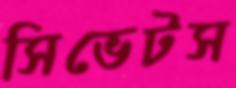
সিভেটস